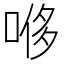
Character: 𫪥